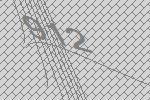
912